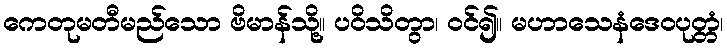
ကေတုမတီမည်သော ဗိမာန်သို့။ ပဝိသိတွာ၊ ဝင်၍။ မဟာသေနံဒေဝပုတ္တံ၊